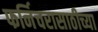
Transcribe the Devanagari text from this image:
फर्निचरासाठीच्या